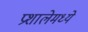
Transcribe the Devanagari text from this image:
प्रशालेमध्ये